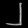
Digit: ၂